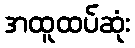
အထူထပ်ဆုံး